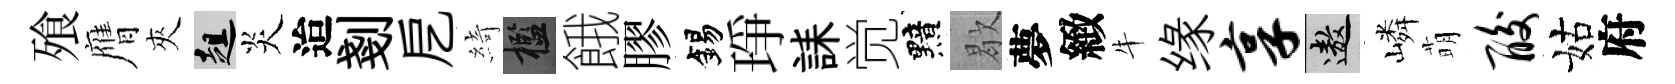
飱膺夾趄炎迨剗戹綺檻餓膠錫琤誄觉黯歇夢緻牛缘享遨嶙萌酸姑府